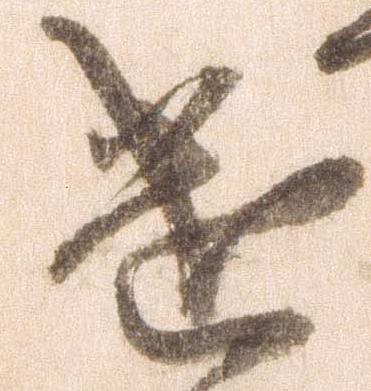
遣